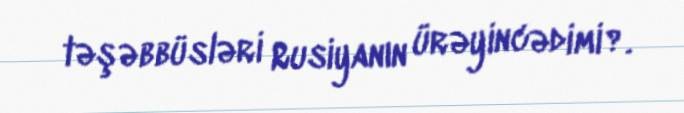
təşəbbüsləri Rusiyanın ürəyincədimi?.